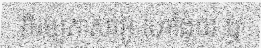
ភិរម្យភាសាអ៊ូ ហៅង៉ុយ ឬ